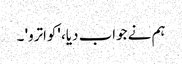
ہم نے جواب دیا، 'کواترو' ۔